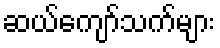
ဆယ်ကျော်သက်များ